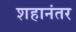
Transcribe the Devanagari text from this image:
शहानंतर